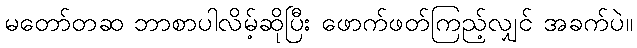
မတော်တဆ ဘာစာပါလိမ့်ဆိုပြီး ဖောက်ဖတ်ကြည့်လျှင် အခက်ပဲ။